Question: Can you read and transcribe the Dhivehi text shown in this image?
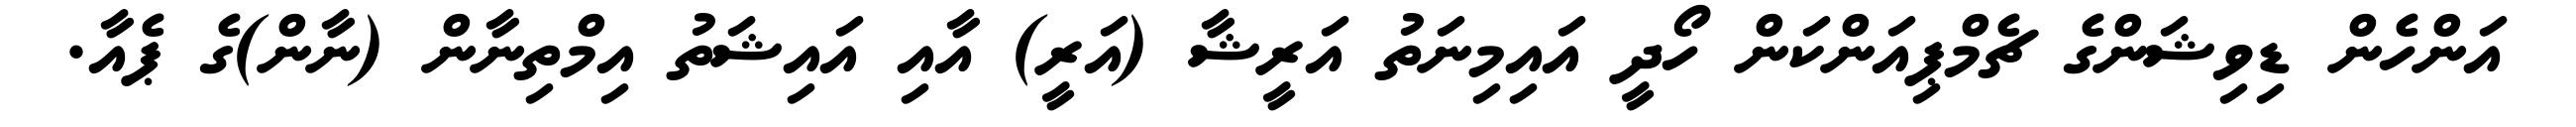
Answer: އަންހެން ޑިވިޝަންގެ ޗެމްޕިއަންކަން ހޯދީ އައިމިނަތު އަރީޝާ (އަރީ) އާއި އައިޝަތު އިމްތިނާން (ނާން)ގެ ޕެއާ.